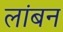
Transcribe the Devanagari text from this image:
लांबन